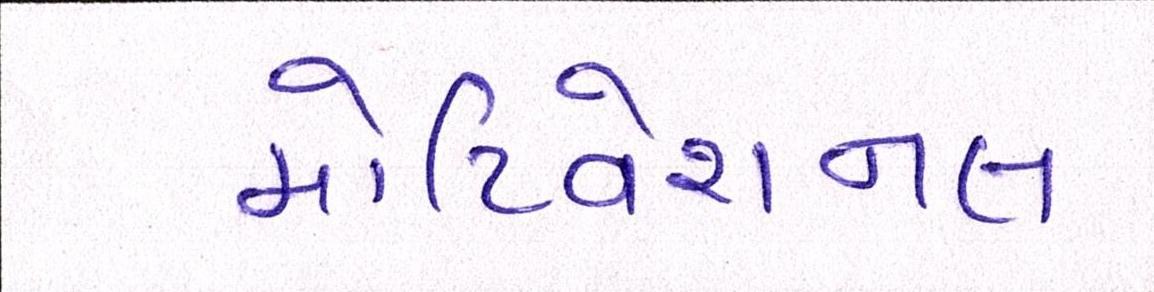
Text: મોટિવેશનલ